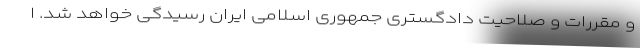
و مقررات و صلاحیت دادگستری جمهوری اسلامی ایران رسیدگی خواهد شد. ا